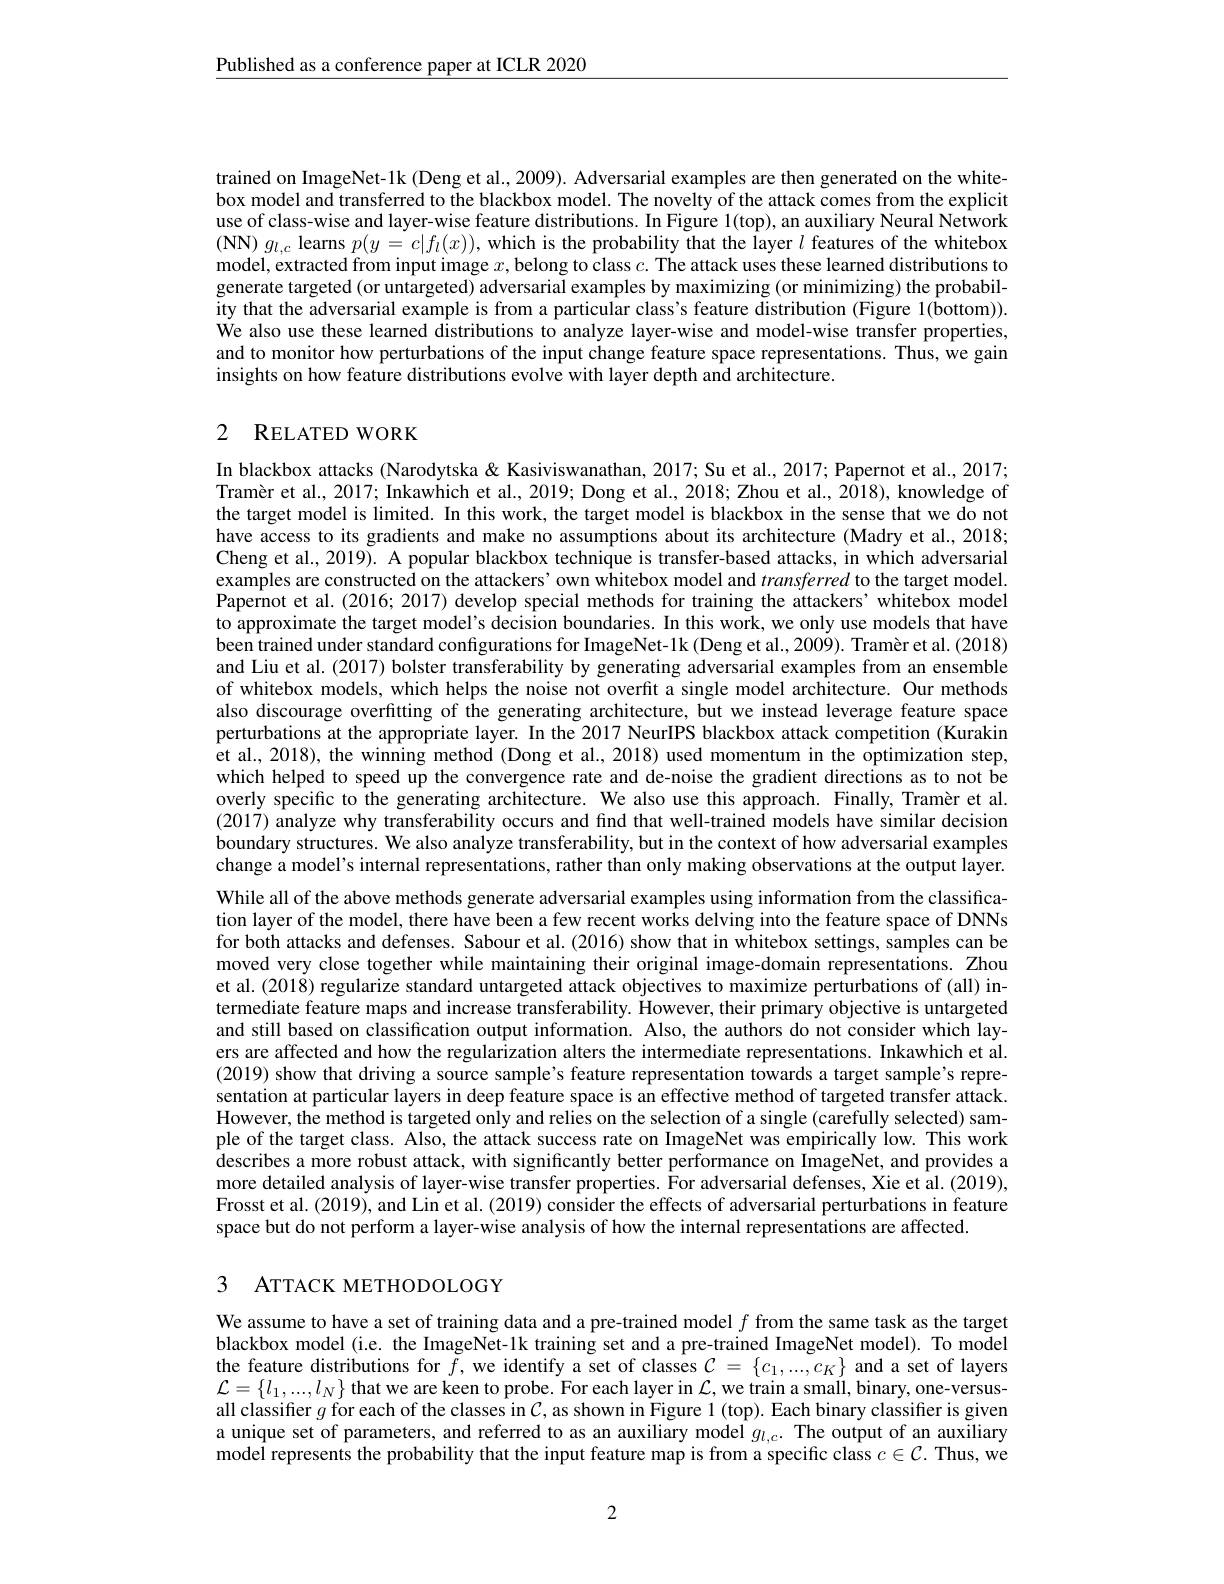
$\underline{\text{Published as a conference paper at ICLR 2020}}$

trained on ImageNet-1k (Deng et al., 2009). Adversarial examples are then generated on the whitebox model and transferred to the blackbox model. The novelty of the attack comes from the explicit use of class-wise and layer-wise feature distributions. In Figure l(top), an auxiliary Neural Network $( \mathbf{NN})$ $g_{l, c}$ learns $p(y=c|f_l(x))$, which is the probability that the layer $l$ features of the whitebox model, extracted from input image $x$, belong to class $c.$ The attack uses these learned distributions to generate targeted(or untargeted) adversarial examples by maximizing (or minimizing) the probability that the adversarial example is from a particular class's feature distribution (Figure 1(bottom)). $\dot{\text{We also use these learned distributions to analyze layer-wise and model-wise transfer properties,}}$ and to monitor how perturbations of the input change feature space representations. Thus, we gain insights on how feature distributions evolve with layer depth and architecture.

## 2 $\mathbf{R}$ELATED WORK

In blackbox attacks (Narodytska & Kasiviswanathan, 2017; Su et al., 2017; Papernot et al., 2017; Tramèr et al., 2017; Inkawhich et al., 2019; Dong et al., 2018; Zhou et al., 2018), knowledge of the target model is limited. In this work, the target model is blackbox in the sense that we do not have access to its gradients and make no assumptions about its architecture (Madry et al., 2018; Cheng et al., 2019). A popular blackbox technique is transfer-based attacks, in which adversarial examples are constructed on the attackers' own whitebox model and transferred to the target model. Papernot et al. (2016;2017) develop special methods for training the attackers' whitebox model to approximate the target model's decision boundaries. In this work, we only use models that have been trained under standard configurations for ImageNet-1k (Deng et al., 2009). Tramèr et al. (2018) and Liu et al. (2017) bolster transferability by generating adversarial examples from an ensemble of whitebox models, which helps the noise not overfit a single model architecture. Our methods also discourage overfitting of the generating architecture, but we instead leverage feature space perturbations at the appropriate layer. In the 2017 NeurIPS blackbox attack competition (Kurakin et al., 2018), the winning method (Dong et al., 2018) used momentum in the optimization step, which helped to speed up the convergence rate and de-noise the gradient directions as to not be overly specific to the generating architecture. We also use this approach. Finally, Tramèr et al. (2017) analyze why transferability occurs and find that well-trained models have similar decision boundary structures. We also analyze transferability, but in the context of how adversarial examples change a model's internal representations, rather than only making observations at the output layer. While all of the above methods generate adversarial examples using information from the classification layer of the model, there have been a few recent works delving into the feature space of DNNs for both attacks and defenses. Sabour et al. (2016) show that in whitebox settings, samples can be moved very close together while maintaining their original image-domain representations. Zhou et al. (2018) regularize standard untargeted attack objectives to maximize perturbations of (all) intermediate feature maps and increase transferability. However, their primary objective is untargeted and still based on classification output information. Also, the authors do not consider which layers are affected and how the regularization alters the intermediate representations. Inkawhich et al. (2019) show that driving a source sample's feature representation towards a target sample's representation at particular layers in deep feature space is an effective method of targeted transfer attack. However, the method is targeted only and relies on the selection of a single (carefully selected) sample of the target class. Also, the attack success rate on ImageNet was empirically low. This work describes a more robust attack, with significantly better performance on ImageNet, and provides a more detailed analysis of layer-wise transfer properties. For adversarial defenses, Xie et al. (2019), Frosst et al. (2019), and Lin et al. (2019) consider the effects of adversarial perturbations in feature space but do not perform a layer-wise analysis of how the internal representations are affected.

## 3 ATTACK METHODOLOGY

We assume to have a set of training data and a pre-trained model $f$ from the same task as the target blackbox model (i.e. the ImageNet-1k training set and a pre-trained ImageNet model). To model the feature distributions for $\tilde{f}$, we identify a set of classes $\mathcal{C}=\{c_1,...,c_K\}$ and a set of layers $\mathcal{L}=\{l_1,...,l_N\}$ that we are keen to probe. For each layer in $\mathcal{L}$,we train a small, binary, one-versusall classifier $g$ for each of the classes in $C$, as shown in Figure 1(top). Each binary classifier is given a unique set of parameters, and referred to as an auxiliary model $g_{l,c}.$ The output of an auxiliary model represents the probability that the input feature map is from a specific class $c\in\mathcal{C}.$ Thus, we

2